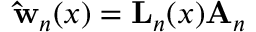
\mathbf { \hat { w } } _ { n } ( x ) = \mathbf { L } _ { n } ( x ) \mathbf { A } _ { n }